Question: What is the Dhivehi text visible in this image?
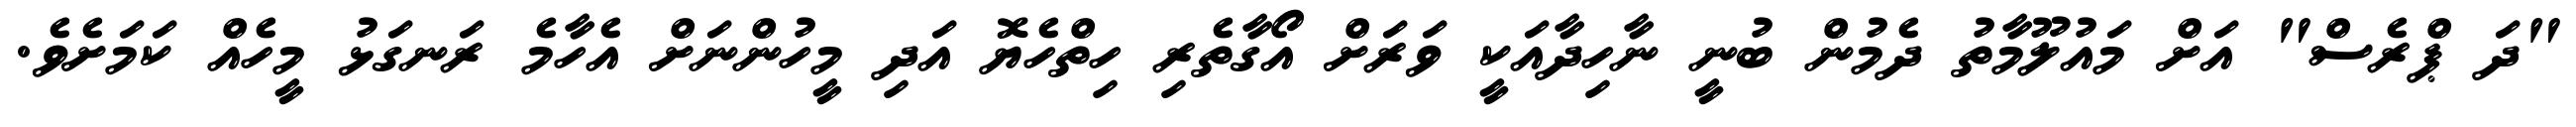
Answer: "ދަ ޕްރެސް" އަށް މައުލޫމާތު ދެމުން ބުނީ ނާހިދާއަކީ ވަރަށް އޯގާތެރި ހިތްހެޔޮ އަދި މީހުންނަށް އެހާމެ ރަނގަޅު މީހެއް ކަމަށެވެ.